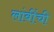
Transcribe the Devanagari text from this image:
लांबींची